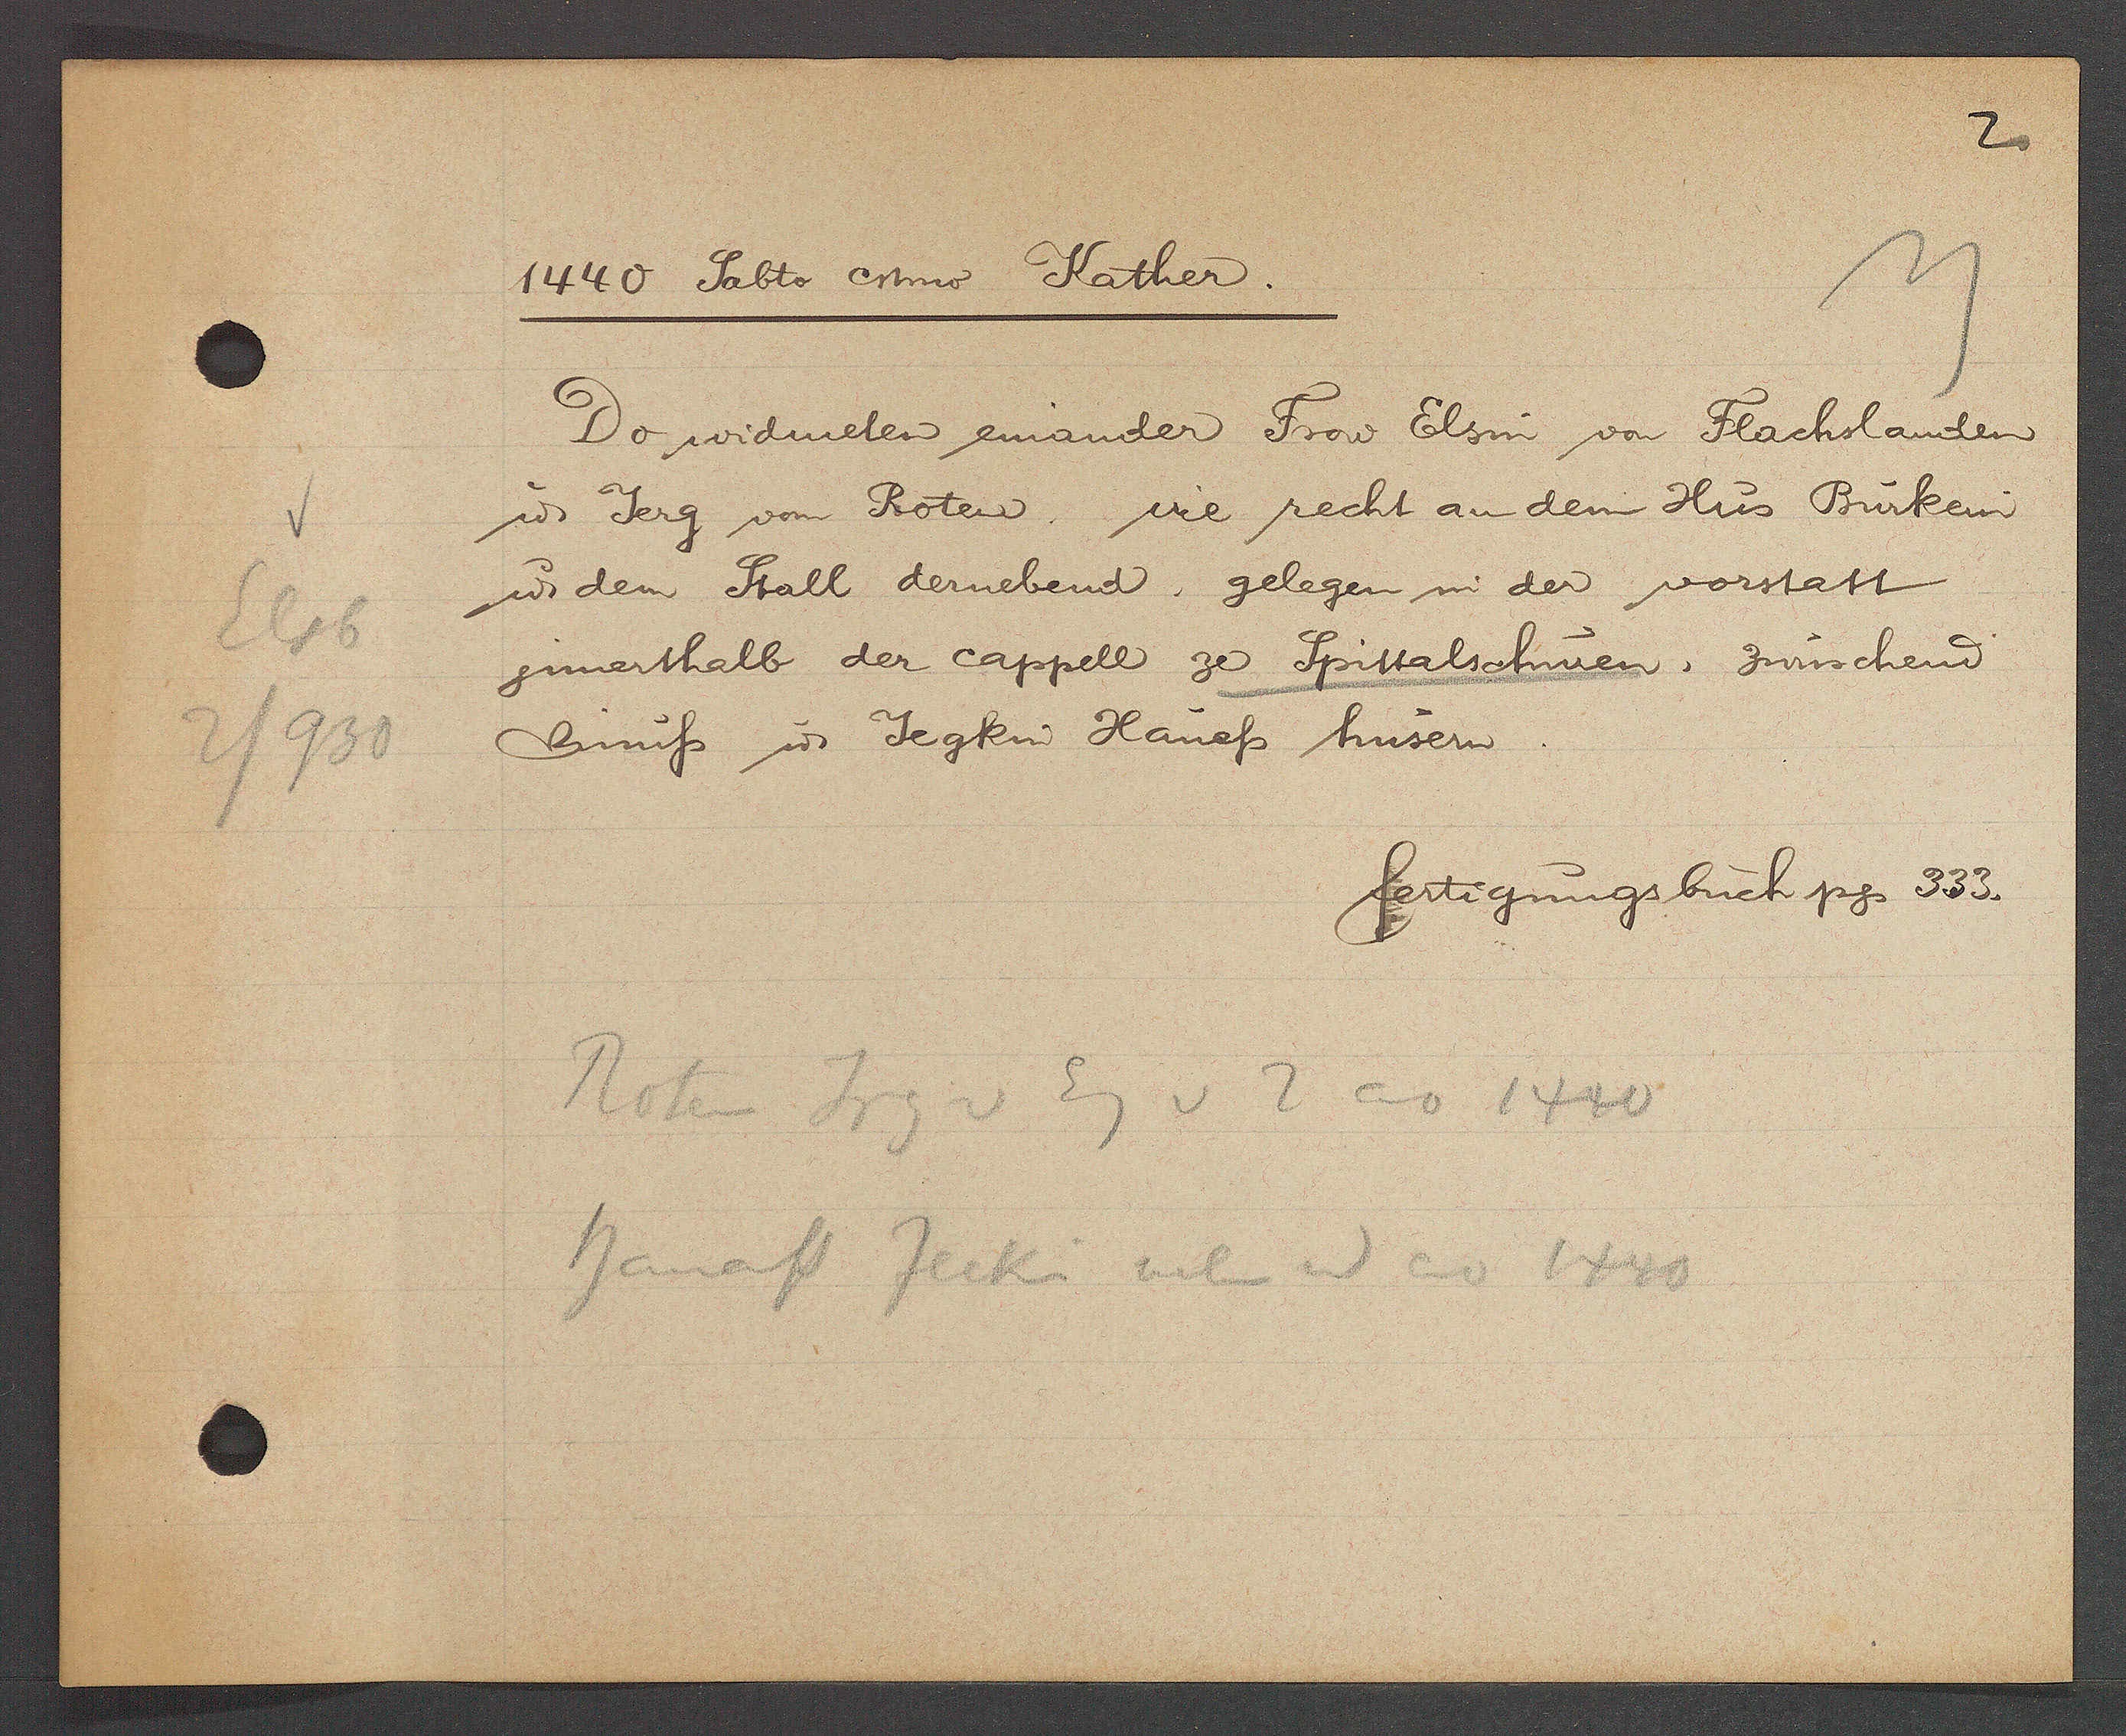
Transcript:
Elsb
2/930

1440 Sabto esmo Kather.

Do widmelen einander Frow Elsin von Flachslauten
u Jerg vom Roten wie recht an dem Hus Bürkein
u dem Stall dernebend, gelegen in der vorstatt
jnnerthalb der cappell ze Spittalschuuen, zwüschend
Biniss ư Jegkin Hanefs hüsern.

Roten Jrg v
Eig v 2 ao 1440
Bamass Jecki neben id ao 1440

fertigungsbuch pg 333.